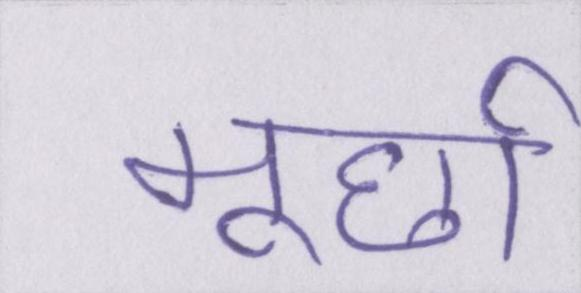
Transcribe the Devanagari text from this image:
मूर्छा